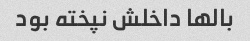
بالها داخلش نپخته بود